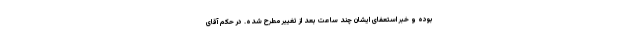
بوده و خبر استعفای ایشان چند ساعت بعد از تغییر مطرح شده. در حکم آقای